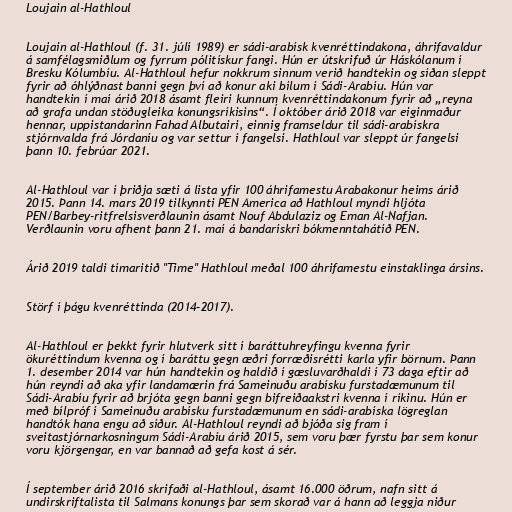
Loujain al-Hathloul

Loujain al-Hathloul (f. 31. júlí 1989) er sádi-arabísk kvenréttindakona, áhrifavaldur
á samfélagsmiðlum og fyrrum pólitískur fangi. Hún er útskrifuð úr Háskólanum í
Bresku Kólumbíu. Al-Hathloul hefur nokkrum sinnum verið handtekin og síðan sleppt
fyrir að óhlýðnast banni gegn því að konur aki bílum í Sádi-Arabíu. Hún var
handtekin í maí árið 2018 ásamt fleiri kunnum kvenréttindakonum fyrir að „reyna
að grafa undan stöðugleika konungsríkisins“. Í október árið 2018 var eiginmaður
hennar, uppistandarinn Fahad Albutairi, einnig framseldur til sádi-arabískra
stjórnvalda frá Jórdaníu og var settur í fangelsi. Hathloul var sleppt úr fangelsi
þann 10. febrúar 2021.

Al-Hathloul var í þriðja sæti á lista yfir 100 áhrifamestu Arabakonur heims árið
2015. Þann 14. mars 2019 tilkynnti PEN America að Hathloul myndi hljóta
PEN/Barbey-ritfrelsisverðlaunin ásamt Nouf Abdulaziz og Eman Al-Nafjan.
Verðlaunin voru afhent þann 21. maí á bandarískri bókmenntahátíð PEN.

Árið 2019 taldi tímaritið "Time" Hathloul meðal 100 áhrifamestu einstaklinga ársins.

Störf í þágu kvenréttinda (2014–2017).

Al-Hathloul er þekkt fyrir hlutverk sitt í baráttuhreyfingu kvenna fyrir
ökuréttindum kvenna og í baráttu gegn æðri forræðisrétti karla yfir börnum. Þann
1. desember 2014 var hún handtekin og haldið í gæsluvarðhaldi í 73 daga eftir að
hún reyndi að aka yfir landamærin frá Sameinuðu arabísku furstadæmunum til
Sádi-Arabíu fyrir að brjóta gegn banni gegn bifreiðaakstri kvenna í ríkinu. Hún er
með bílpróf í Sameinuðu arabísku furstadæmunum en sádi-arabíska lögreglan
handtók hana engu að síður. Al-Hathloul reyndi að bjóða sig fram í
sveitastjórnarkosningum Sádi-Arabíu árið 2015, sem voru þær fyrstu þar sem konur
voru kjörgengar, en var bannað að gefa kost á sér.

Í september árið 2016 skrifaði al-Hathloul, ásamt 16.000 öðrum, nafn sitt á
undirskriftalista til Salmans konungs þar sem skorað var á hann að leggja niður